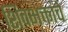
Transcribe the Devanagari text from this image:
शिवभक्तांचे